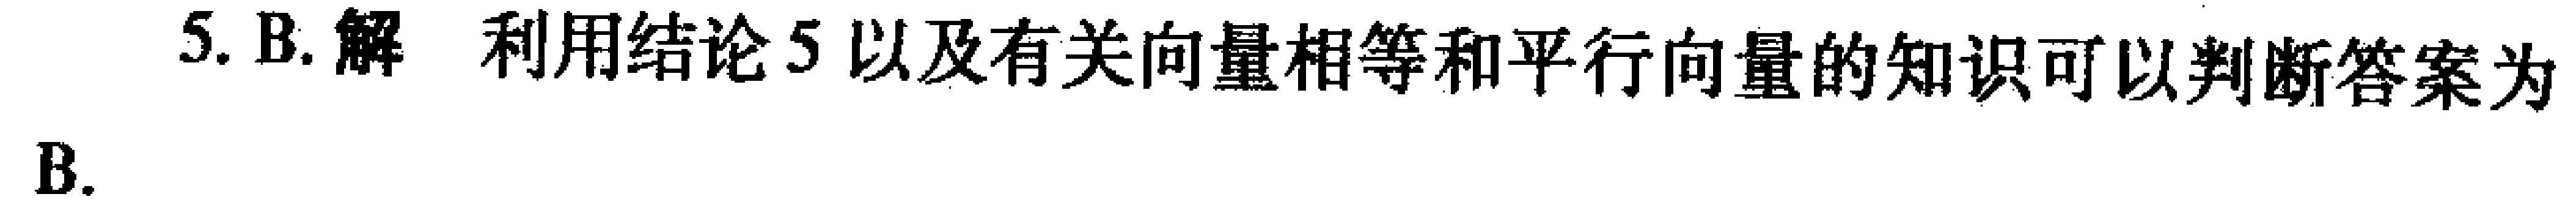
5. B. 解 利用结论5以及有关向量相等和平行向量的知识可以判断答案为B.